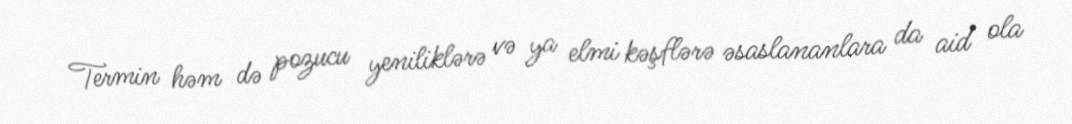
Termin həm də pozucu yeniliklərə və ya elmi kəşflərə əsaslananlara da aid ola